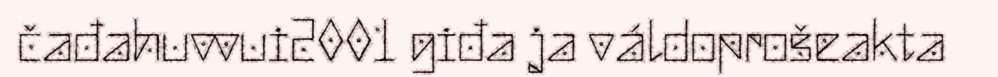
čađahuvvui2001 giđa ja váldoprošeakta